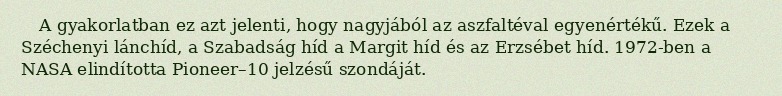
A gyakorlatban ez azt jelenti, hogy nagyjából az aszfaltéval egyenértékű. Ezek a Széchenyi lánchíd, a Szabadság híd a Margit híd és az Erzsébet híd. 1972-ben a NASA elindította Pioneer–10 jelzésű szondáját.